Cholera in southern India
Disease focus: Cholera
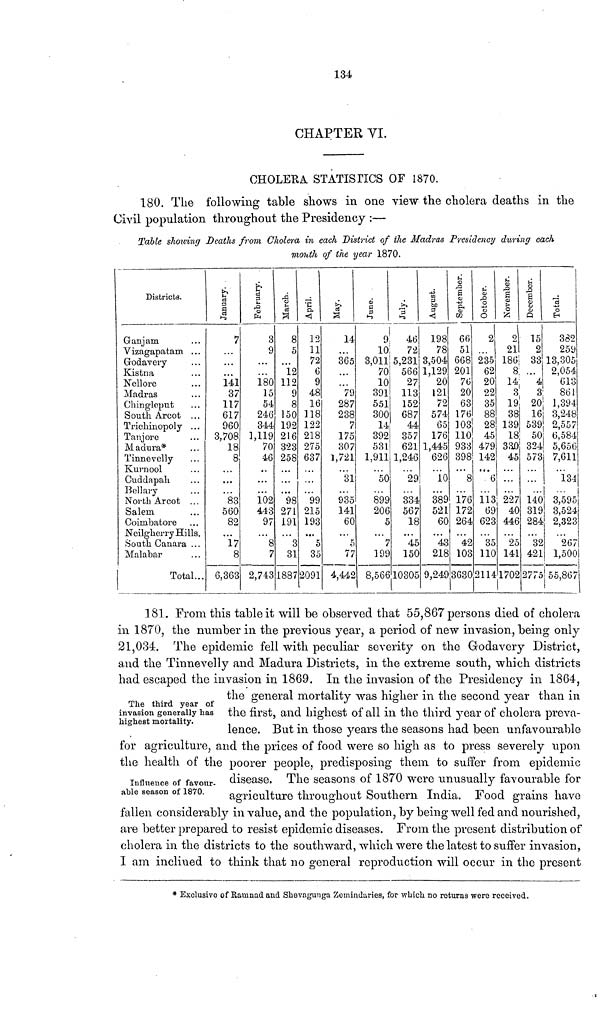
134
CHAPTER VI.
CHOLERA STATISTICS OF 1870.
180. The following table shows in one view the cholera deaths in the
Civil population throughout the Presidency :—
Table showing Deaths from Cholera in each District of the Madras Presidency during each
month of the year 1870.
Districts.
Ganjam
Vizagapatam ...
Godavery
Kistna
Nellore
Madras
Chingleput
South Arcot ...
Trichinopoly ...
Tanjore
Madura*
Tinnevelly
Kurnool
Cuddapah
Bellary
North Arcot ...
Salem
Coimbatore
Neilgherry Hills.
South Canara ...
Malabar
Total...
January.
7
141
37
117
617
960
3,708
18
8
83
560
82
...
17
8
6,363
February.
3
9
180
15
54
246
344
1,119
70
46
102
443
97
8
7
2,743
March.
8
5
12
112
9
8
150
192
216
323
258
98
271
191
3
31
1887
April.
12
11
72
9
48
16
]18
122
218
275
637
99
215
193
5
35
2091
May.
14
365
79
287
238
7
175
307
1,721
31
935
141
60
5
11
4,442
June.
9
10
3,011
70
10
391
551
300
14
392
531
1,911
50
899
206
5
7
199
8,566
July.
46
72
5,231
566
27
113
152
687
44
357
621
1,246
29
334
567
18
45
150
10305
August.
198
78
3,504
1,129
20
121
72
574
65
176
1,445
626
10
389
521
60
43
218
9,249
September.
66
51
668
201
76
20
63
176
103
110
933
398
8
176
172
264
42
103
3630
October.
2
235
62
20
22
35
88
28
45
479
142
6
113
69
623
35
110
2114
November.
2
21
186
8,
14;
3
19
38
139
18
330
45
227
40
446
25
141
1702
December.
2
33
4
3
20;
16
539
50
324
573
140
319
284
32
421
2775
Total.
382
259
13,305
2,054
613
861
1,394
3,248
2,557
6,584j
5,656
7,611
134
3,595¡
3,524
2,323
2671
l,500|
55,867
The third year of
invasion generally has
highest mortality.
Influence of favour-
able season of 1870.
181. From this table it will be observed that 55,867 persons died of cholera
in 1870, the number in the previous year, a period of new invasion, being only
21,034. The epidemic fell with peculiar severity on the Godavery District,
and the Tinnevelly and Madura Districts, in the extreme south, which districts
had escaped the invasion in 1869. In the invasion of the Presidency in 1864,
the general mortality was higher in the second year than in
the first, and highest of all in the third year of cholera preva-
lence. But in those years the seasons had been unfavourable
for agriculture, and the prices of food were so high as to press severely upon
the health of the poorer people, predisposing them to suffer from epidemic
disease. The seasons of 1870 were unusually favourable for
agriculture throughout Southern India. Food grains have
fallen considerably in value, and the population, by being well fed and nourished,
are better prepared to resist epidemic diseases. From the present distribution of
cholera in the districts to the southward, which were the latest to suffer invasion,
I am incliued to think that no general reproduction will occur in the present
* Exclusivo of Ramnad and Shevagunga Zomindaries, for which no returns were received.